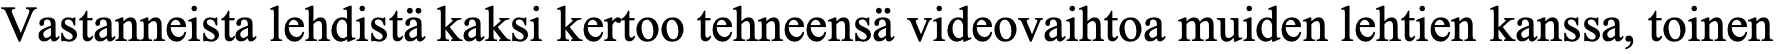
Vastanneista lehdistä kaksi kertoo tehneensä videovaihtoa muiden lehtien kanssa, toinen